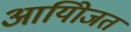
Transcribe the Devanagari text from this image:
आयोिजत